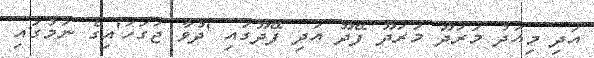
އަދި މިއަދު މަރަދޫ މަރަދޫ ފޭދޫ އަދި ފޭދޫގައި 'ދުވާ ޖަގަހަ'އިގެ ނަމުގައި